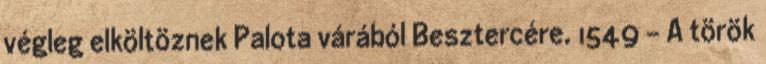
végleg elköltöznek Palota várából Besztercére. 1549 – A török